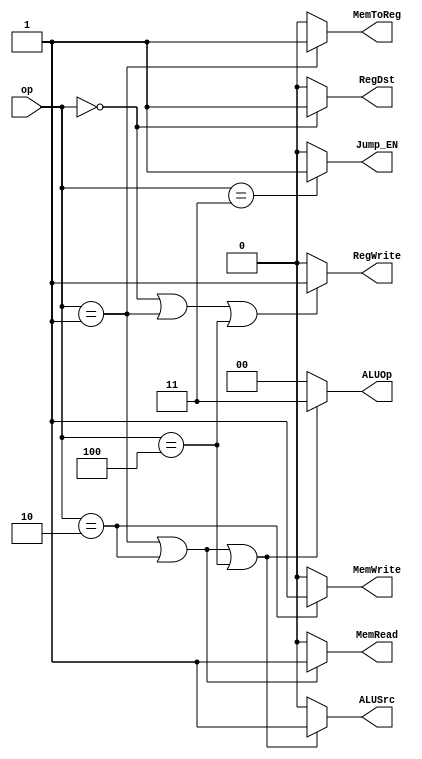
module control_unit (op,RegWrite,MemWrite,ALUSrc,ALUOp,RegDst,MemToReg,MemRead,Jump_EN);

    //Inputs / Outputs declaration
    input [2:0] op;
    output RegWrite,MemWrite,ALUSrc,RegDst,MemToReg,MemRead,Jump_EN;
    output [1:0] ALUOp;
    

    //Assigning Outputs:
    // NOTES:
    // ________________________________________________________________________________________________
    // |Instruction | OP  | RegDst | ALUSrc | MemToReg | RegWrite | MemRead | MemWrite | ALUOp | Jump |
    // |  R-Type    | 000 |    1   |    0   |     0    |     1    |    0    |    0     |   00  |  0   |
    // | Load Word  | 001 |    0   |    1   |     1    |     1    |    1    |    0     |   11  |  0   |
    // |Store Word  | 010 |    0   |    1   |     0    |     0    |    0    |    1     |   11  |  0   |
    // |Jump-Type   | 011 |    0   |    0   |     0    |     0    |    0    |    0     |   00  |  1   |
    // |   addi     | 100 |    0   |    1   |     0    |     1    |    0    |    0     |   11  |  0   |
    // 
    assign RegWrite = ((op == 3'b000) | (op == 3'b001) | (op == 3'b100)) ? 1'b1 : 1'b0;// if (op == R-type | op == lw | op == addi)

    assign RegDst = (op == 3'b000) ? 1'b1 : 1'b0;// if (op == R-type)

    assign ALUSrc = ((op == 3'b001) | (op == 3'b010) | (op == 3'b100)) ? 1'b1 : 1'b0;// if (op == lw | op == lw | op == addi)

    assign MemToReg = (op == 3'b001) ? 1'b1 : 1'b0;// if (op == lw)

    assign MemRead = ((op == 3'b001) | (op == 3'b010)) ? 1'b1 : 1'b0;// if (op == lw | op == sw)

    assign MemWrite = (op == 3'b010) ? 1'b1 : 1'b0;// if (op == sw)

    assign ALUOp = ((op == 3'b001) | (op == 3'b010) | (op == 3'b100)) ? 2'b11 : 2'b00;// if (op == lw | op == sw | op == addi)

    assign Jump_EN = (op == 3'b011) ? 1'b1 : 1'b0; // if (op == jump)

endmodule